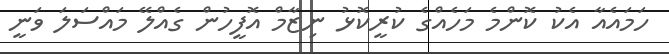
ހަމައެއާ އެކު ކޮންމެ މަހެއްގެ ކުރީކޮޅު ނިޒާމް އޮފީހުން ގެއްލޭ މައްސަލަ ވަނީ